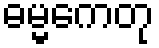
ဓမ္မကေတု